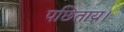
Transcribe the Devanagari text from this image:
पछिताय।